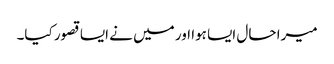
میرا حال ایسا ہوا اور میں نے ایسا قصور کیا۔